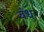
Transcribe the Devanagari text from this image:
वंध